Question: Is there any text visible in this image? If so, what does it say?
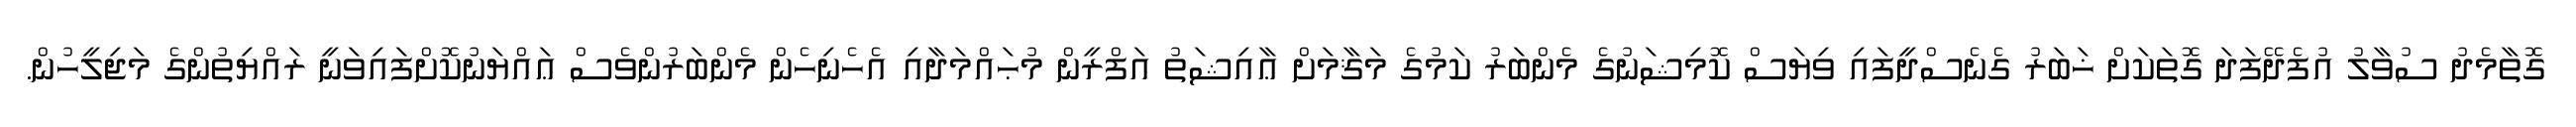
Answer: ގޮތާމެދު ސުވާލު އުފެދޭފަދަ ގޮތަކަށް ޚަބަރު ގެނެސްދީފައި ވިޔަސް ކޮމިޝަނުގެ މެންބަރު ކަމުގެ މަޤާމަށް ޢާއިޝަތު އަފްރީން މުޙައްމަދާއި އެހެނިހެން މެންބަރުންވެސް ޢައްޔަނުކޮށްފައިވަނީ ރައްޔިތުންގެ މަޖިލީހުން.